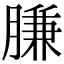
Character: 膁